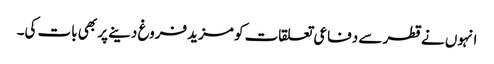
انہوں نے قطر سے دفاعی تعلقات کو مزید فروغ دینے پر بھی بات کی۔